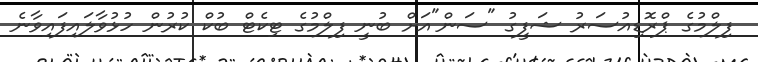
ފިލްމުގެ ޕްރޮޑިއުސަރު ޝަފީގު "ސަން"އަށް ބުނީ ފިލްމުގެ ޓިކެޓް ބުކް ކުރުން ހުޅުވާލައިފައިވާނެ